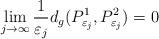
LaTeX: \begin{align*}\lim_{j\rightarrow\infty}\frac{1}{\varepsilon_{j}}d_{g}(P_{\varepsilon_{j}}^{1},P_{\varepsilon_{j}}^{2})=0\end{align*}